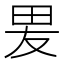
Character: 𭺿